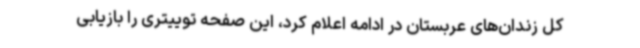
کل زندان‌های عربستان در ادامه اعلام کرد، این صفحه توییتری را بازیابی